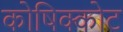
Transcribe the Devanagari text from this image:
कोषिक्कोट